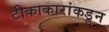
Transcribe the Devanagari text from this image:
टीकाकारांकडून